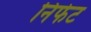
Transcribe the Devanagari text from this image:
निंफेट